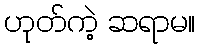
ဟုတ်ကဲ့ ဆရာမ။